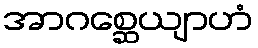
အာဂစ္ဆေယျာဟံ